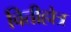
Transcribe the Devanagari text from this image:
वितीहोत्र